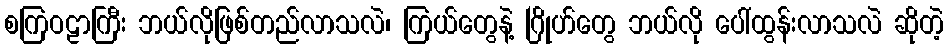
စကြဝဠာကြီး ဘယ်လိုဖြစ်တည်လာသလဲ၊ ကြယ်တွေနဲ့ ဂြိုဟ်တွေ ဘယ်လို ပေါ်ထွန်းလာသလဲ ဆိုတဲ့